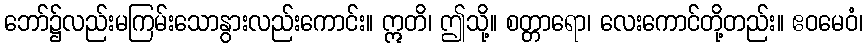
ဘော်၌လည်းမကြမ်းသောနွားလည်းကောင်း။ ဣတိ၊ ဤသို့။ စတ္တာရော၊ လေးကောင်တို့တည်း။ ဧဝမေဝံ၊